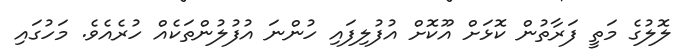
ލޮލުގެ މަތީ ފަރާތުން ކޮޅަށް އޫކޮށް އުފުލިފައި ހުންނަ އުފުލުންތަކެއް ހުރެއެވެ. މަހުގައި